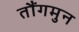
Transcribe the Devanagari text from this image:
तौंगमुन